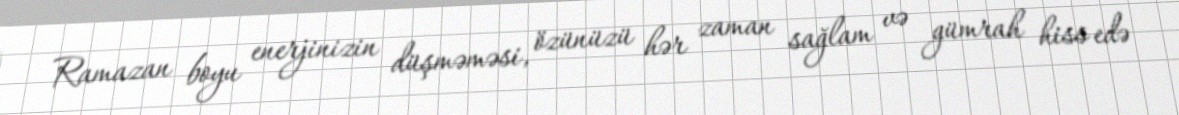
Ramazan boyu enerjinizin düşməməsi, özünüzü hər zaman sağlam və gümrah hiss edə